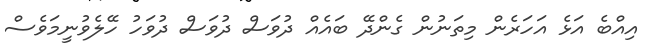
އިއްބެ އަޅެ އަހަރެން މިތަނުން ގެންދޭ ބައެއް ދުވަސް ދުވަސް ދުވަހު ހޭލެވުނީމަވެސް